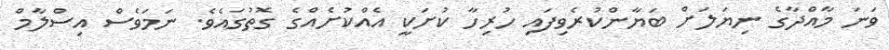
ވަނަ މާއްދާގެ ނިޔަލަށް ބަޔާންކުރެވިފައި ހުރިހާ ކުށަކީ އެއްކުށެއްގެ ގޮތުގައެވެ. ނަމަވެސް އިސްލާމް